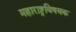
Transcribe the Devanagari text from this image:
महाराष्ट्रविषयक